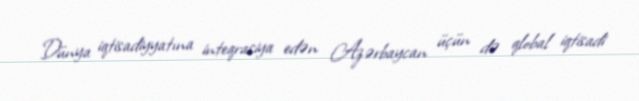
Dünya iqtisadiyyatına inteqrasiya edən Azərbaycan üçün də qlobal iqtisadi